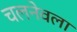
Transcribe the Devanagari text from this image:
चलनेवला